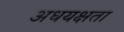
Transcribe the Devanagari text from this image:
अधयक्षता